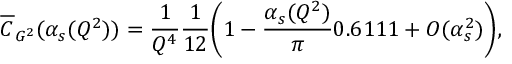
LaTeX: \overline { { { C } } } _ { G ^ { 2 } } ( \alpha _ { s } ( Q ^ { 2 } ) ) = \frac { 1 } { Q ^ { 4 } } \frac { 1 } { 1 2 } \biggl ( 1 - \frac { \alpha _ { s } ( Q ^ { 2 } ) } { \pi } 0 . 6 1 1 1 + O ( \alpha _ { s } ^ { 2 } ) \biggr ) ,